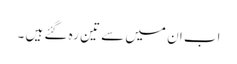
اب ان میں سے تین رہ گئے ہیں ۔